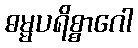
ဓမ္မပရိစ္စာဂေါ